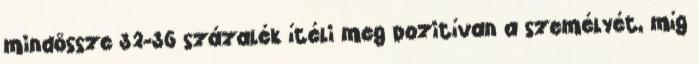
mindössze 32-36 százalék ítéli meg pozitívan a személyét, míg